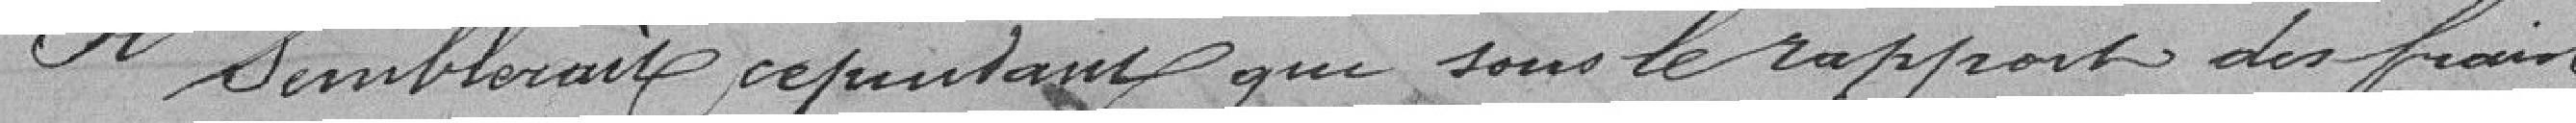
Il semblerait cependant que sous le rapport des frais